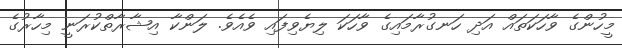
މީހުންގެ ވާހަކަތައް އަދި ހަނގުރާމައިގެ ވާހަކަ ލިޔެވިފައި ވެއެވެ. ލަންކާ އިޝާރާތްކުރަނީ މިހާރުގެ